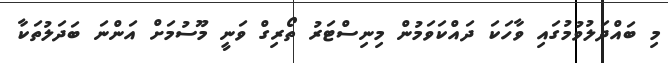
މި ބައްދަލުވުމުގައި ވާހަކަ ދައްކަވަމުން މިނިސްޓަރު ތޯރިގް ވަނީ މޫސުމަށް އަންނަ ބަދަލުތަކާ